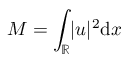
M = \int _ { \mathbb { R } } \lvert u \rvert ^ { 2 } \mathrm { d } x